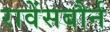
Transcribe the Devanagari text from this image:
रावेंसबौर्न